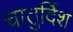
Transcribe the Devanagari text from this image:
चातुर्दिश